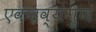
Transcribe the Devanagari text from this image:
एकद्रव्यंगुणं